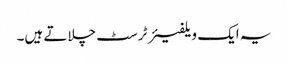
یہ ایک ویلفیئر ٹرسٹ چلاتے ہیں۔